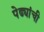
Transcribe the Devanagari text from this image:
पेढ्यांची